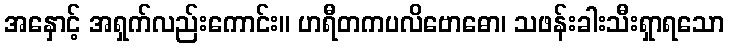
အနှောင့် အရှက်လည်းကောင်း။ ဟရီတကပလိဗောဓော၊ သဖန်းခါးသီးရှာရသော